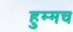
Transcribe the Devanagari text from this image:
हुम्मच